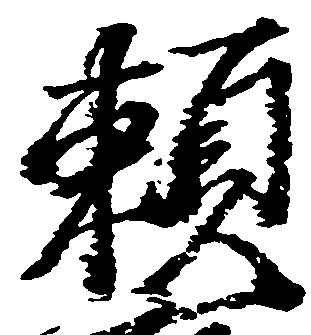
頼